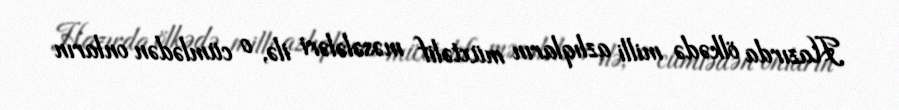
Hazırda ölkədə milli azlıqların müxtəlif məsələləri ilə, o cümlədən onların